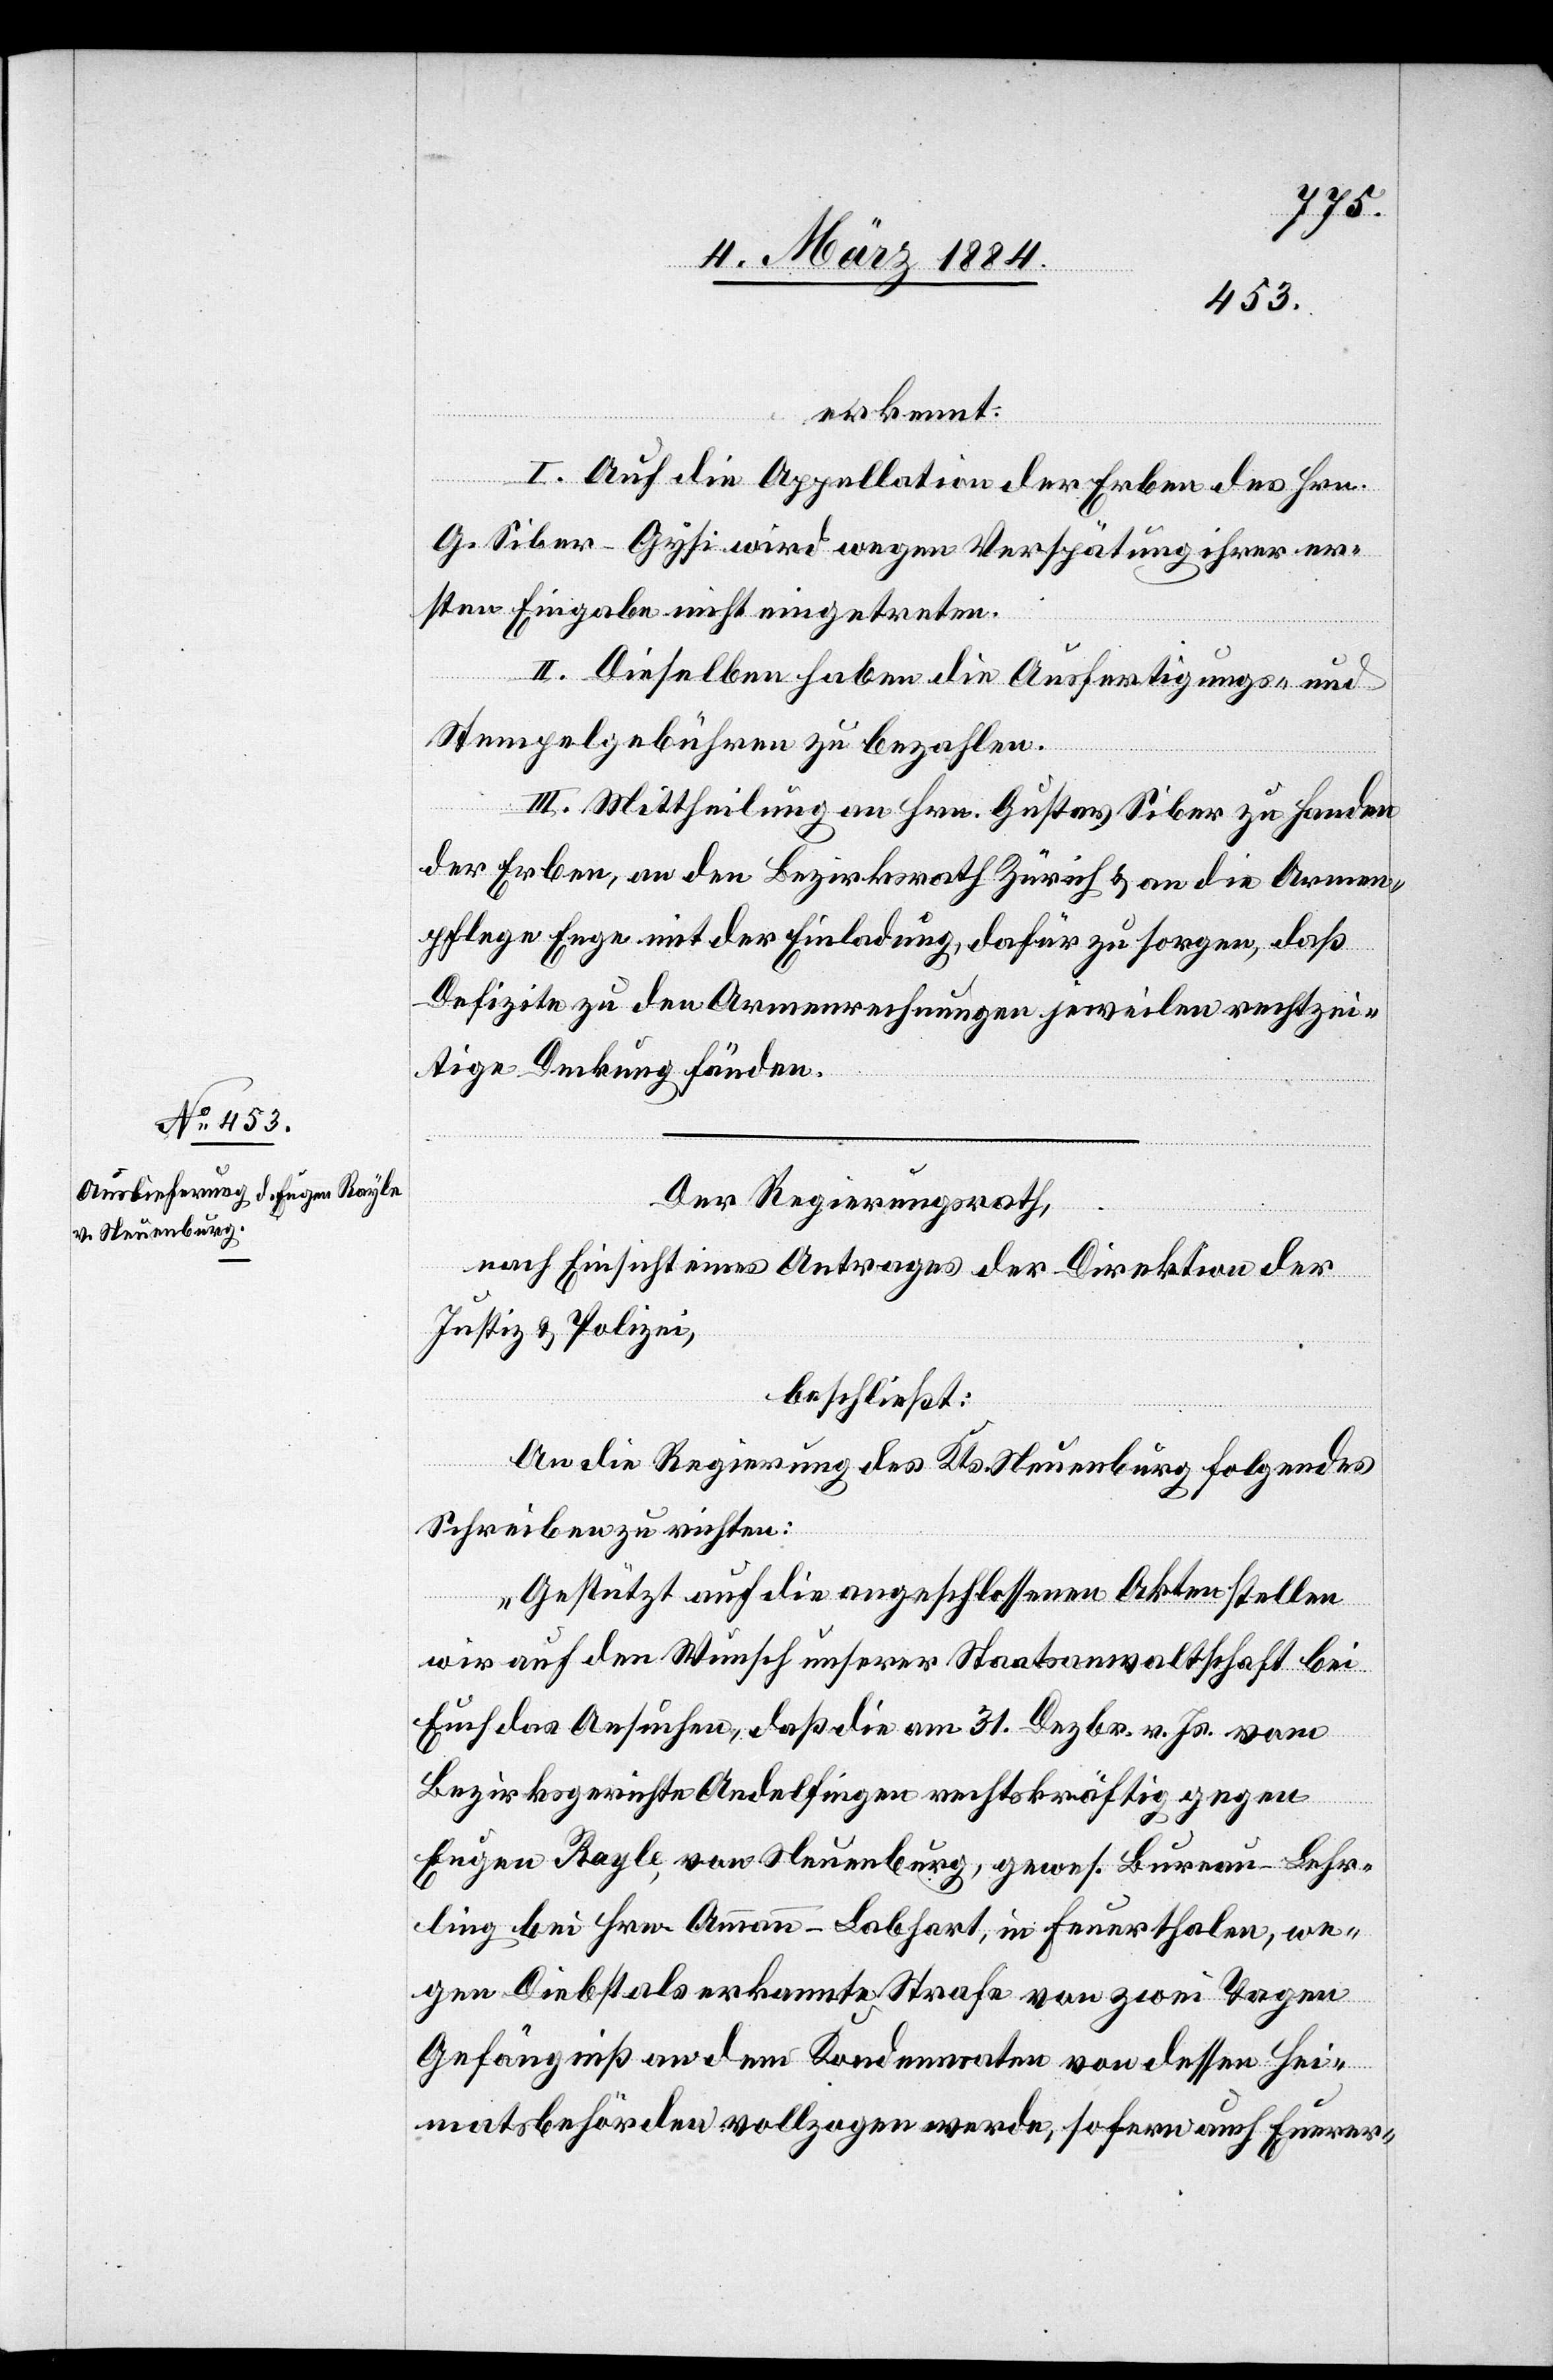
Der Regierungsrath,
nach Einsicht eines Antrages der Direktion der
Justiz & Polizei,
beschließt:
An die Regierung des Kts. Neuenburg folgendes
Schreiben zu richten:
„Gestützt auf die angeschlossenen Akten stellen
wir auf den Wunsch unserer Staatsanwaltschaft bei
Euch das Ansuchen, daß die am 31. Dezbr. v. Js. vom
Bezirksgerichte Andelfingen rechtskräftig gegen
Eugen Rayle, von Neuenburg, gewes. Bureau-Lehr¬
ling bei Hrn. Ammann-Labhart, in Feuerthalen, we¬
gen Diebstals erkannte Strafe von zwei Tagen
Gefängniß an dem Kondemnaten von dessen Hei¬
matsbehörde denn vollzogen werde, sofern auch Eurer-